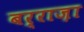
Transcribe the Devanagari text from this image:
बर्राज़ा